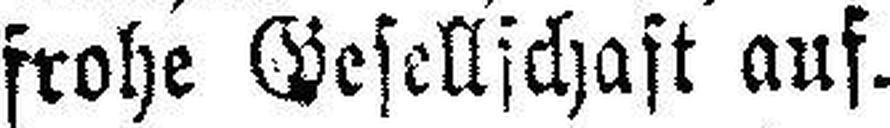
frohe Gesellschaft auf.